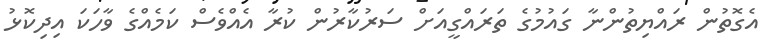
އެގޮތުން ރައްޔިތުންނާ ގައުމުގެ ތަރައްގީއަށް ސަރުކާރުން ކުރާ އެއްވެސް ކަމެއްގެ ވާހަކަ އިދިކޮޅު